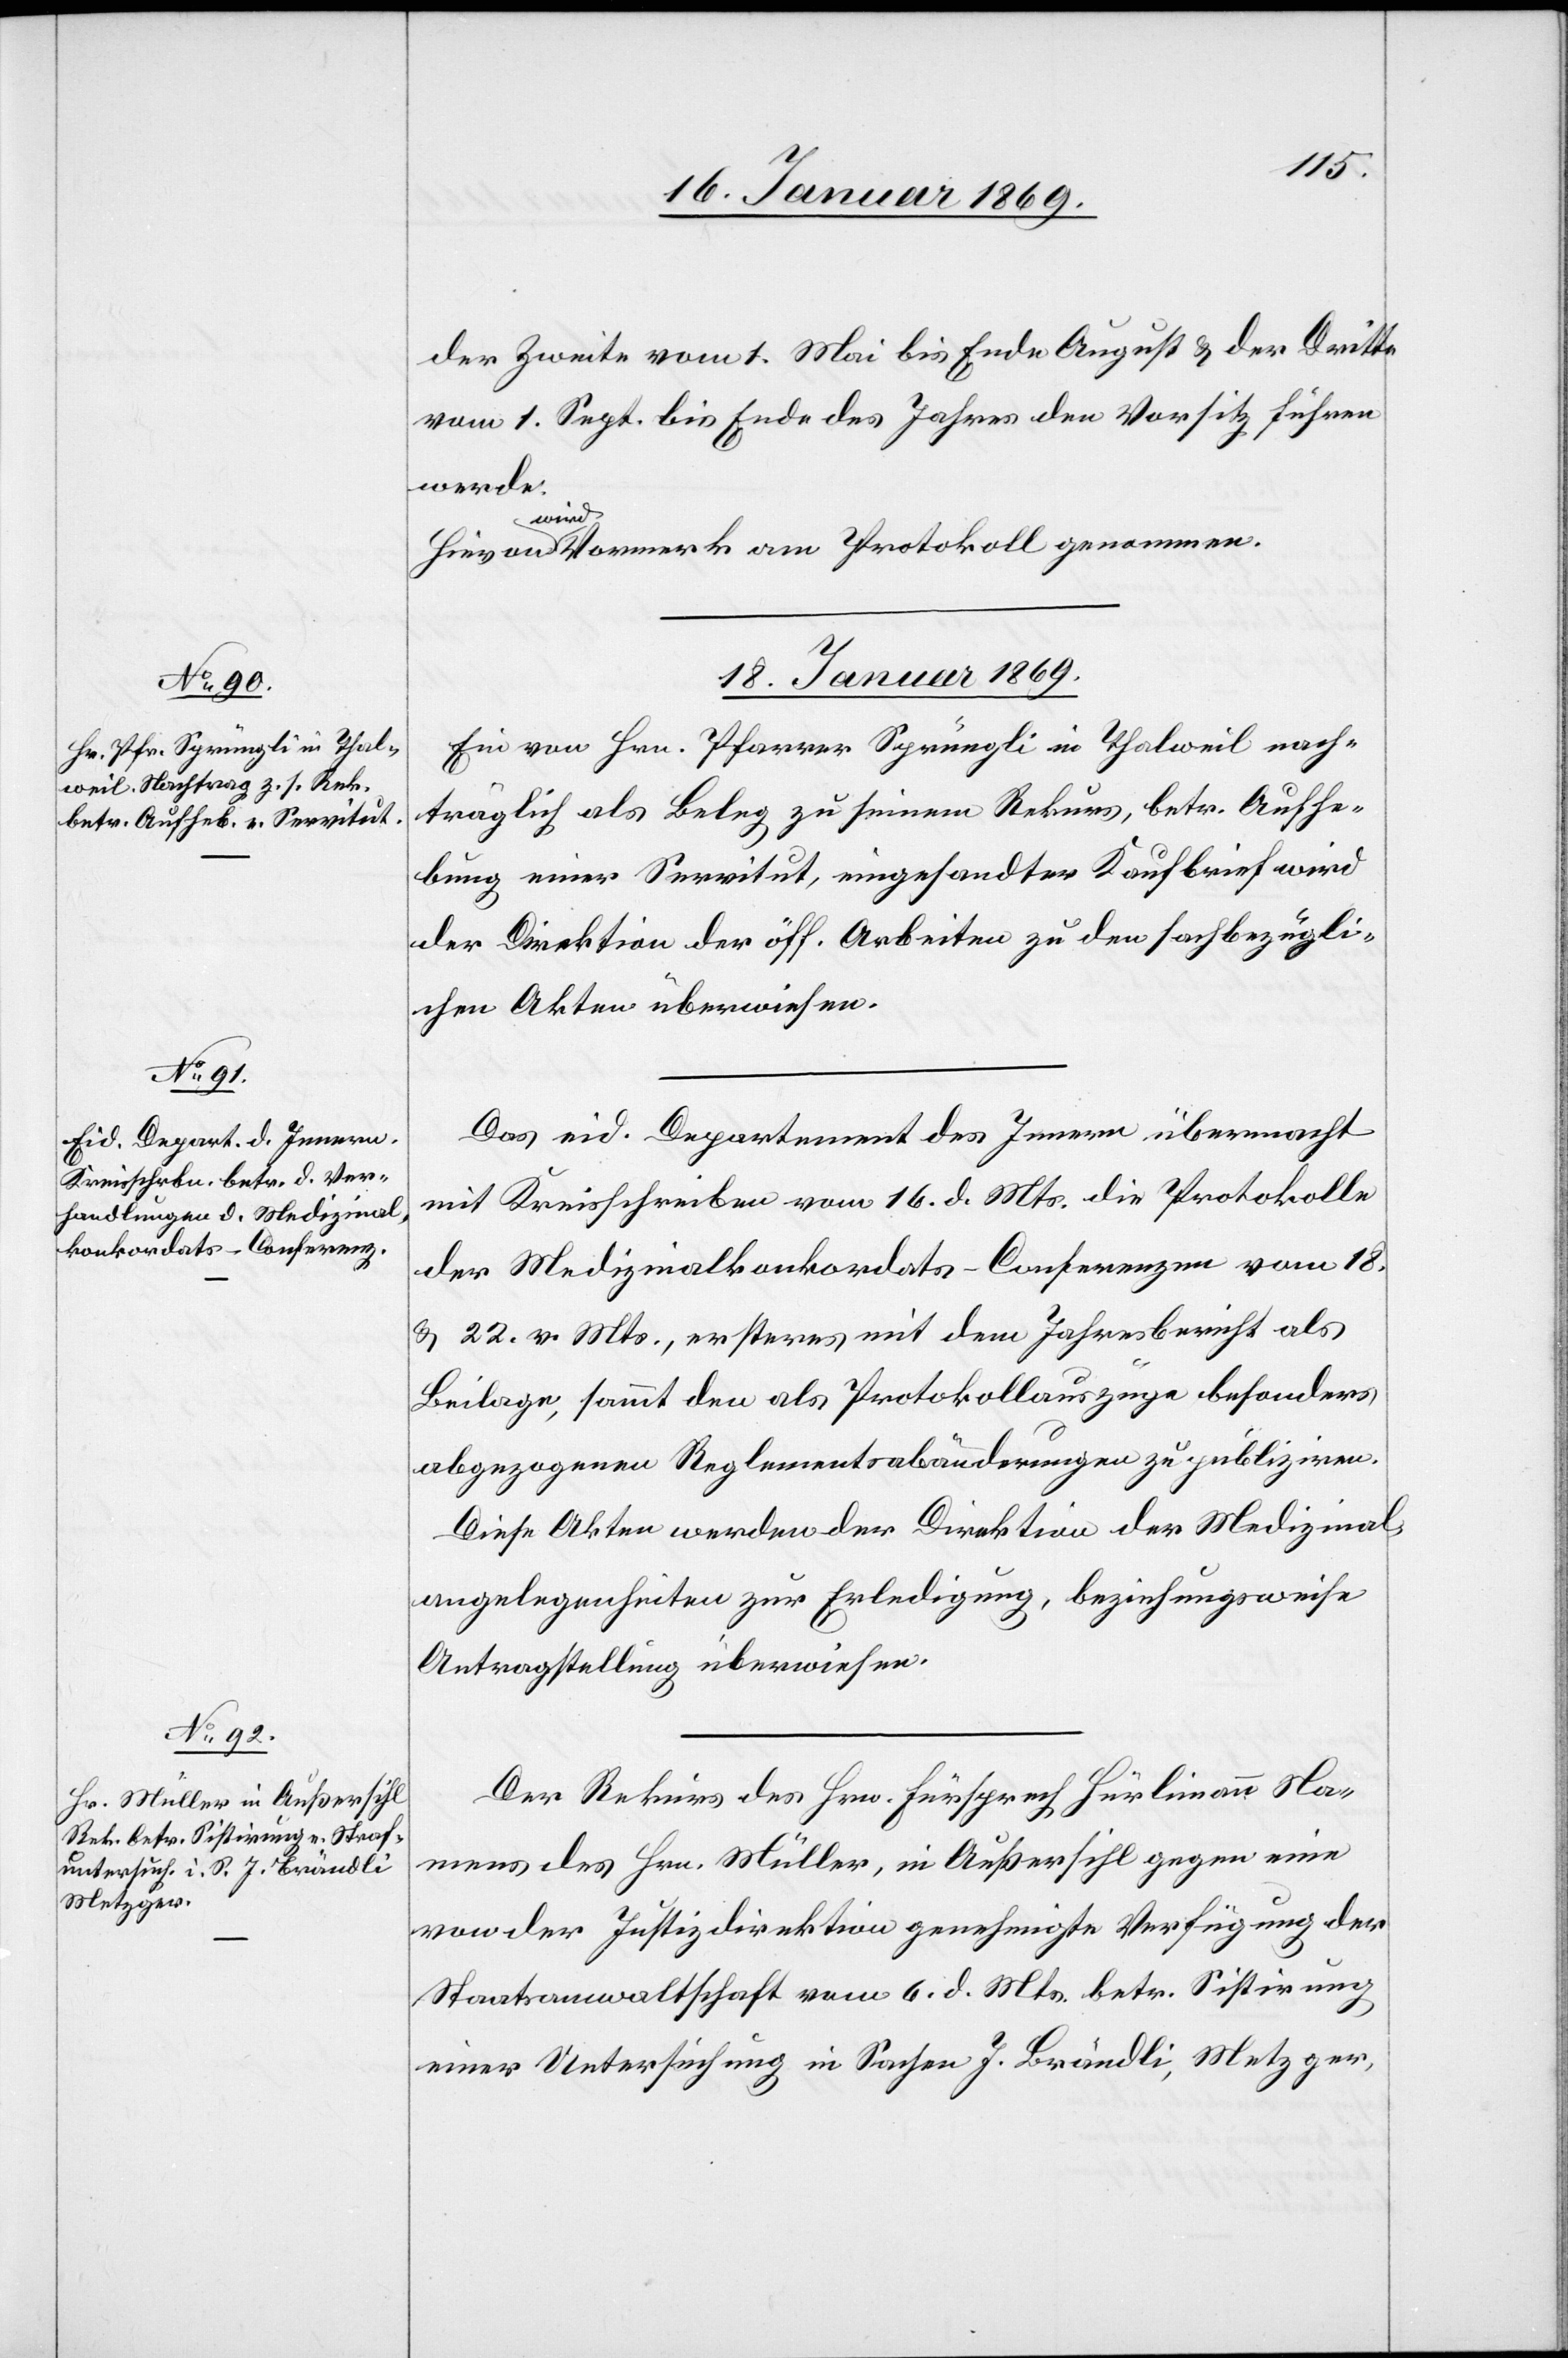
der Zweite vom 1. Mai bis Ende August u. der Dritte
vom 1. Sept. bis Ende des Jahres den Vorsitz führen
werde.
Hievon wird Vormerk am Protokoll genommen.
18. Januar 1869.]
Ein von Hrn. Pfarrer Sprüngli in Thalweil nach¬
träglich als Beleg zu seinem Rekurs, betr. Aufhe¬
bung einer Servitut, eingesandter Kaufbrief wird
der Direktion der öff. Arbeiten zu den sachbezügli¬
chen Akten überwiesen.
Das eid. Departement des Innern übermacht
mit Kreisschreiben vom 16. d. Mts. die Protokolle
der Medizinalkonkordats-Conferenzen vom 18.
u. 22. v. Mts., ersteres mit dem Jahresbericht als
Beilage, sammt den als Protokollsauszüge besonders
abgezogenen Reglementsabänderungen zu publiziren.
Diese Akten werden der Direktion der Medizinal¬
angelegenheiten zur Erledigung, beziehungsweise
Antragstellung überwiesen.
Der Rekurs des Hrn. Fürsprech Hürlimann Na¬
mens des Hrn. Müller, in Außersihl gegen eine
von der Justizdirektion genehmigte Verfügung der
Staatsanwaltschaft vom 6 d. Mts. betr. Sistirung
einer Untersuchung in Sachen J. Brändli, Metzger,